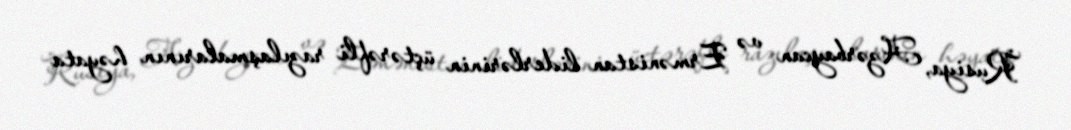
Rusiya, Azərbaycan və Ermənistan liderlərinin üçtərəfli razılaşmalarının həyata